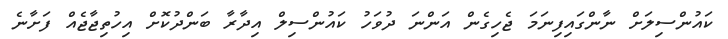
ކައުންސިލަށް ނާންގައިފިނަމަ ޖެހިގެން އަންނަ ދުވަހު ކައުންސިލް އިދާރާ ބަންދުކޮށް އިހުތިޖާޖެއް ފަށާނެ